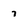
Character: 7